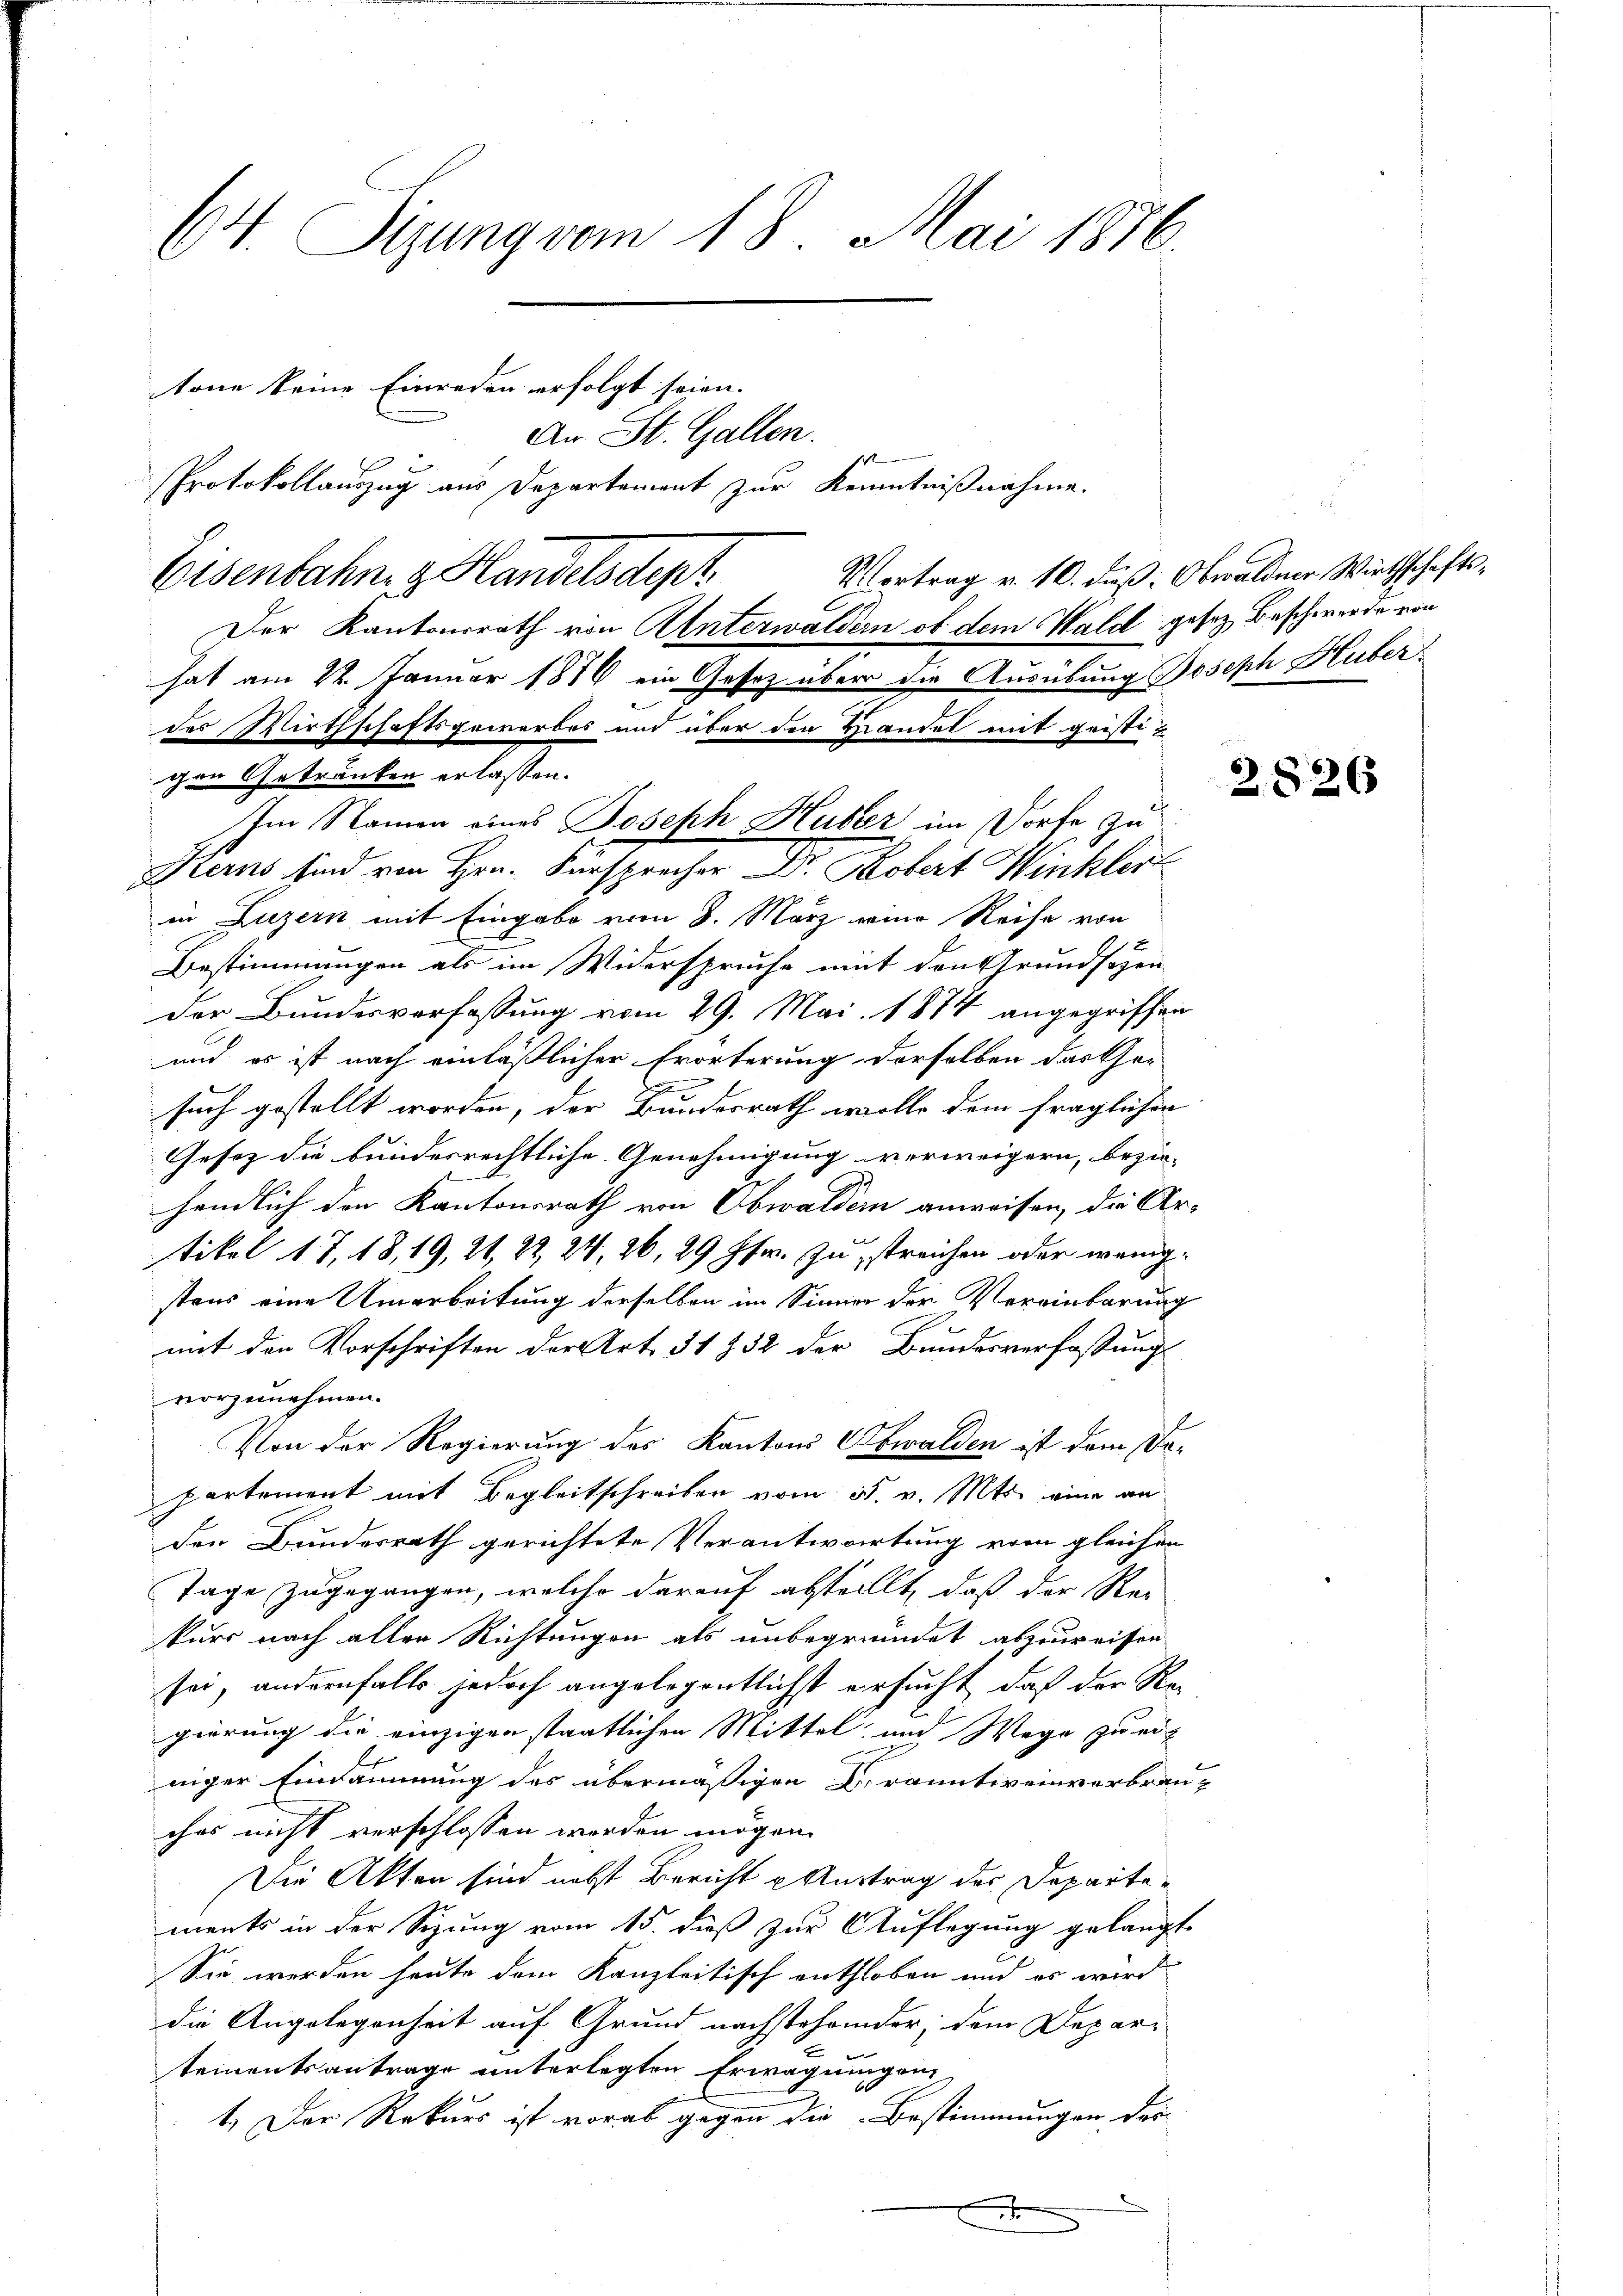
64. Sizung vom 18. Mai 1876.
tone keine Einreden erfolgt seien.
An St. Gallen.
Protokollauszug aus Departement zur Kenntnißnahme.

Eisenbahn. g. Handelsdept

Der Kantonsrath von Unterwaldern ob dem Wald gesez Beschwerde von
gen Getränken erlassen.
in Luzern mit Eingabe vom 8. März eine Reise von
Bestimmungen als im Widerspruche mit den Grundsazen
der Bundesverfassung vom 29. Mai 1874 angegriffen
und es ist nach einläßlicher Erörterung derselben das her
such gestellt worden, der Bundesrath wolle dem fraglichen
Gesetz die bundesrechtliche Genehmigung verweigern, bezie- |
händlich den Kantonsrath von Obwalden anweisen, die Ur-
tikel 17, 18, 19, 21, 22, 24, 26, 29 Ffr. zu streichen oder wenigstens eine Umarbeitung derselben im Sinner der Vereinbarung
mit den Vorschriften der Art. 31 § 32 der Bundesverfassung
vorzunehmen.
Von der Regierung des Kantons Obwalden ist dem Departement mit Begleitschreiben vom 5. v. Mts. eine an
den Bundesrath gerichtete Verantwortung vom gleichen
Tage zugegangen, welche darauf abstellt, daß der Rec
kurs nach aller Richtungen als unbegründet abzuweisen
sei, andernfalls jedoch angelegentlichst ersucht, daß der Re-
gierung die einzigen staatlichen Mittel, und Wege zu einiger Einsammung des übermäßigen Cranativ einverbrauches nicht verschlossen werden mögen.
Die Akten sind nebst Bericht u Austrag des Departements in der Sitzung vom 15. dieß zur Auflegung gelangt
Sie werden heute dem Kanzleitisch enthoben und es wird
die Angelegenheit auf Grund nachstehender, dem Depari
tementsantrage unterlegten Erwägungen,
1.) Der Rekurs ist vorab gegen die Bestimmungen der

hat am 22. Januar 1876 ein Gesetz über die Ausübung Joseph Huber
des Wirthschaftsgewerbes und über den Hiantel mit geisti¬
Im Namen eines Joseph Huber im Dorfe zu
Kerns sind von Hrn. Fürsprecher Dr. Robert Winkler

Vortrag v. 10. dieß. Obwaldner Wirthschafts¬

2826